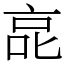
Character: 㖜